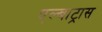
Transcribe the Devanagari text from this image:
एल्बाट्रास